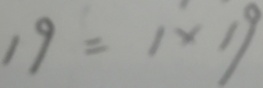
1 9 = 1 \times 1 9